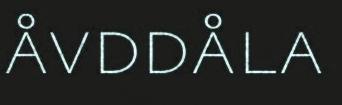
åvddåla